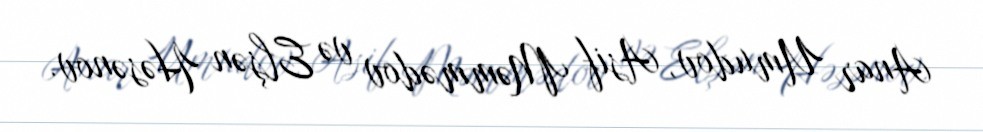
Anar Umudov, Asif Məmmədov və Elşən Həsənov.